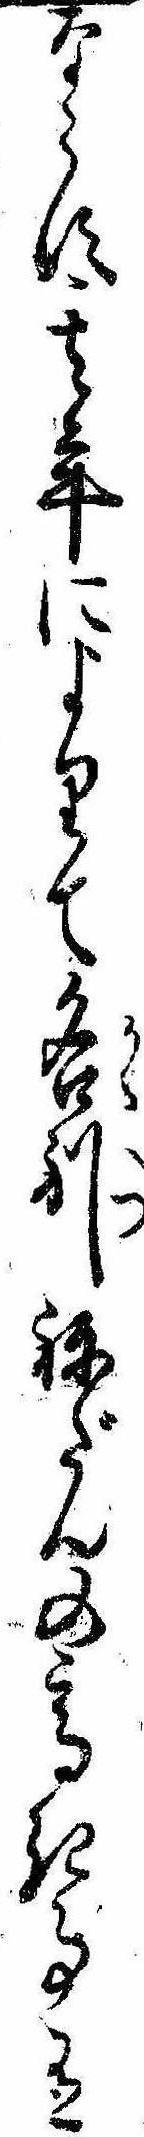
ならす其年によりて各別ねだんの高き事有